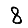
Digit: 8